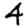
Digit: 4